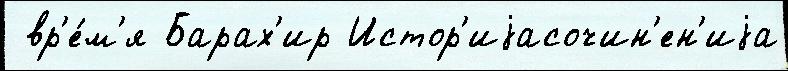
 вр'е́м'я Барах'ир Истор'иjасочин'ен'иjа